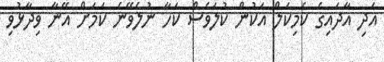
އަދި އާދައިގެ ކެމިކަލް އަކުން ކުލަވެސް ކަހާ ނުލެވޭނެ ކަމަށް އޭނާ ވިދާޅުވި